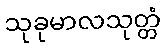
သုခုမာလသုတ္တံ